Vaccine operations Central Provinces 1868-1885 - 1868-1885
Year: 1868
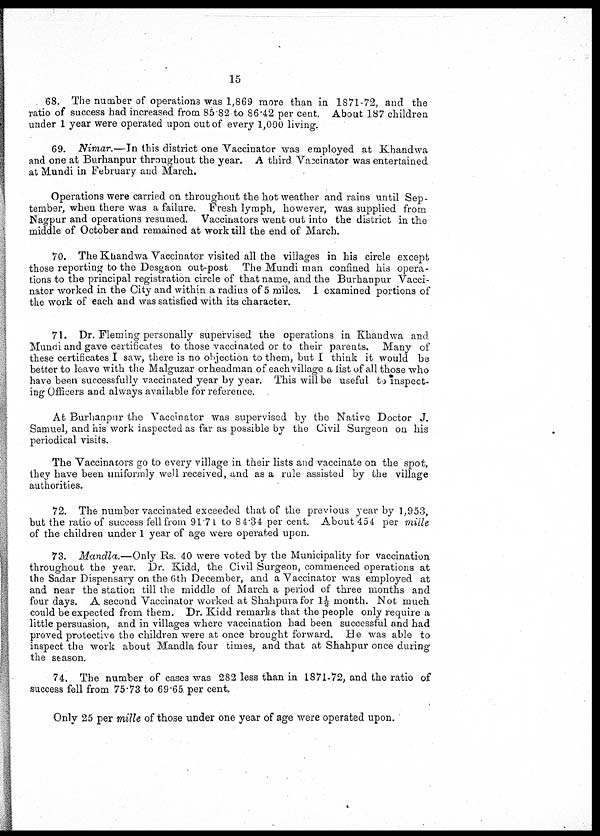
15
68. The number of operations was 1,869 more than in 1871-72, and the
ratio of success had increased from 85 82 to 86.42 per cent. About 187 children
under 1 year were operated upon out of every 1,000 living.
69. Nimar.—In this district one Vaccinator was employed at Khandwa
and one at Burhanpur throughout the year. A third Vaccinator was entertained
at Mundi in February and March.
Operations were carried on throughout the hot weather and rains until Sep-
tember, when there was a failure. Fresh lymph, however, was supplied from
Nagpur and operations resumed. Vaccinators went out into the district in the
middle of October and remained at work till the end of March.
70. The Khandwa Vaccinator visited all the villages in his circle except
those reporting to the Desgaon out-post The Mundi man confined his opera-
tions to the principal registration circle of that name, and the Burhanpur Vacci-
nator worked in the City and within a radius of 5 miles. I examined portions of
the work of each and was satisfied with its character.
71. Dr. Fleming personally supervised the operations in Khandwa and
Mundi and gave certificates to those vaccinated or to their parents. Many of
these certificates I saw, there is no objection to them, but I think it would be
better to leave with the Malguzar or headman of each village a list of all those who
have been successfully vaccinated year by year. This will be useful to inspect-
ing Officers and always available for reference.
At Burhanpur the Vaccinator was supervised by the Native Doctor J.
Samuel, and his work inspected as far as possible by the Civil Surgeon on his
periodical visits.
The Vaccinators go to every village in their lists and vaccinate on the spot,
they have been uniformly well received, and as a rule assisted by the village
authorities.
72. The number vaccinated exceeded that of the previous year by 1,953,
but the ratio of success fell from 91.71 to 84.34 per cent. About 454 per mille
of the children under 1 year of age were operated upon.
73. Mandla.—Only Rs. 40 were voted by the Municipality for vaccination
throughout the year. Dr. Kidd, the Civil Surgeon, commenced operations at
the Sadar Dispensary on the 6th December, and a Vaccinator was employed at
and near the station till the middle of March a period of three months and
four days. A second Vaccinator worked at Shahpura for 1½ month. Not much
could be expected from them. Dr. Kidd remarks that the people only require a
little persuasion, and in villages where vaccination had been successful and had
proved protective the children were at once brought forward. He was able to
inspect the work about Mandla four times, and that at Shahpur once during
the season.
74. The number of cases was 282 less than in 1871-72, and the ratio of
success fell from 75.73 to 69.65 per cent.
Only 25 per mille of those under one year of age were operated upon.